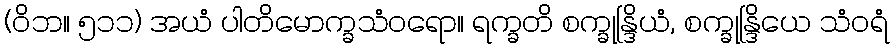
(ဝိဘ။ ၅၁၁) အယံ ပါတိမောက္ခသံဝရော။ ရက္ခတိ စက္ခုန္ဒြိယံ, စက္ခုန္ဒြိယေ သံဝရံ